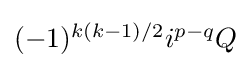
\textstyle (-1)^{k(k-1)/2}i^{p-q}Q